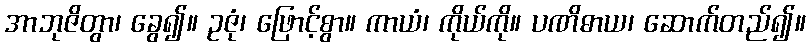
အာဘုဇိတွာ၊ ခွေ၍။ ဥဇုံ၊ ဖြောင့်စွာ။ ကာယံ၊ ကိုယ်ကို။ ပဏိဓာယ၊ ဆောက်တည်၍။